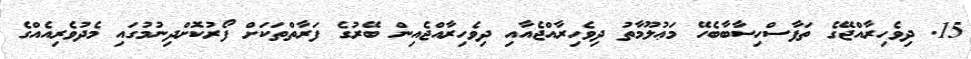
15. ދިވެހިރާއްޖޭގެ ތަފާސްހިސާބާބެހޭ މަޢުލޫމާތު ދިވެހިރާއްޖެއާއި ދިވެހިރާއްޖެއިން ބޭރުގެ ފަރާތްތަކަށް ފޯރުކޮށްދިނުމުގައި މެދުވެރިއެއްގެ